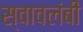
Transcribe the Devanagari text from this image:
स्‍वावलंबी